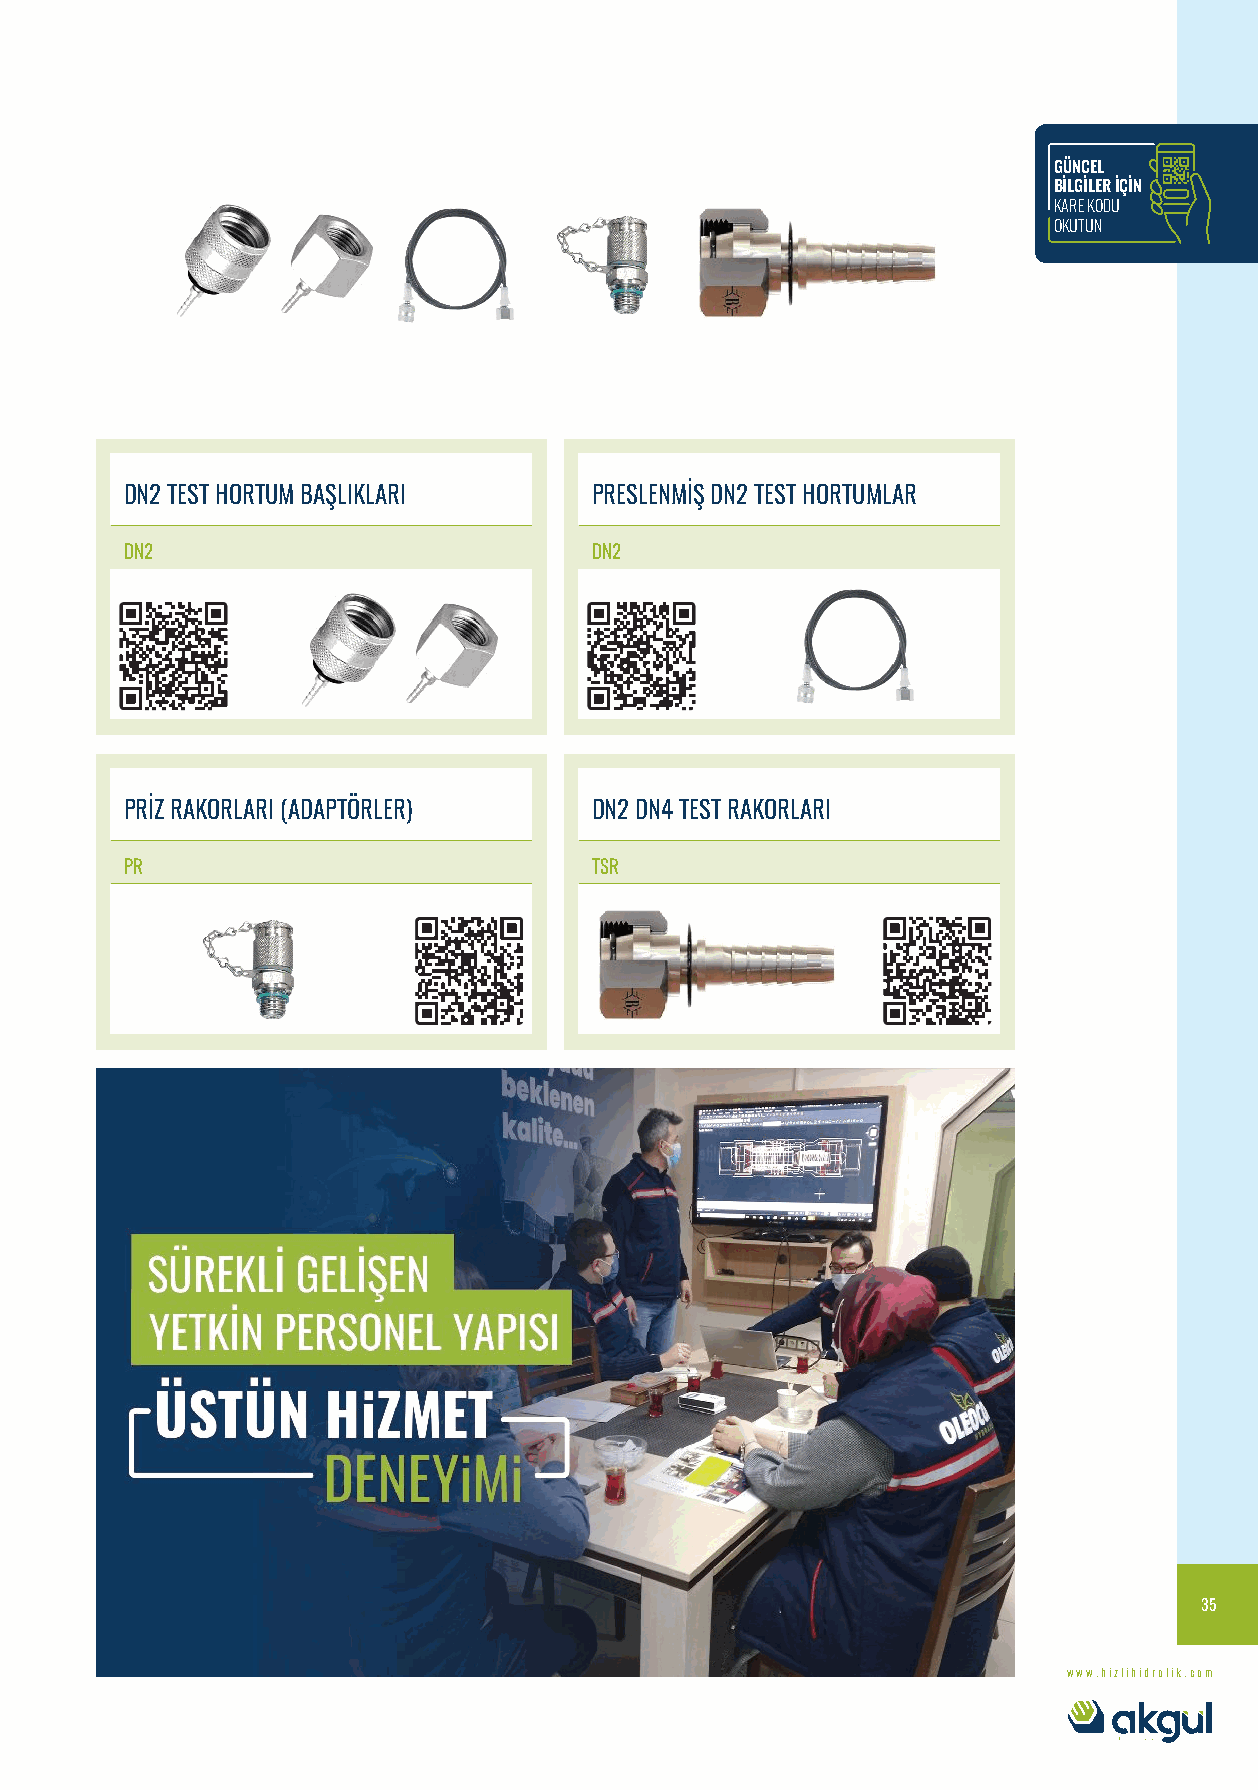
GÜNCEL
 BİLGİLER İÇİN
 KARE KODU
 OKUTUN
 DN2 TEST HORTUM BAŞLIKLARI     PRESLENMİŞ DN2 TEST HORTUMLAR
 DN2                            DN2
 PRİZ RAKORLARI (ADAPTÖRLER)    DN2 DN4 TEST RAKORLARI
 PR                             TSR
 35
 www.hizlihidrolik.com